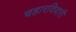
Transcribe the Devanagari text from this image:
चहारदिवारी